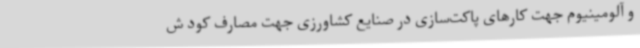
و آلومینیوم جهت کارهای پاکت‌سازی در صنایع کشاورزی جهت مصارف کود ش